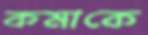
কমাকে